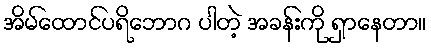
အိမ်ထောင်ပရိဘောဂ ပါတဲ့ အခန်းကို ရှာနေတာ။